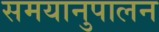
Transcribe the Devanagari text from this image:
समयानुपालन